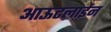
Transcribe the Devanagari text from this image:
आऊटलाईन